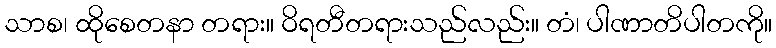
သာစ၊ ထိုစေတနာ တရား။ ဝိရတီတရားသည်လည်း။ တံ၊ ပါဏာတိပါတကို။